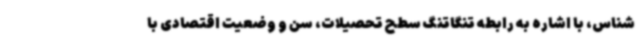
شناس، با اشاره به رابطه تنگاتنگ سطح تحصیلات، سن و وضعیت اقتصادی با